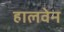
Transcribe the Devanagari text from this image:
हालवेन